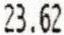
23.62